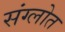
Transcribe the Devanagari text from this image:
संग्लोत